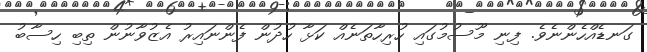
ގަނޑެއްހެންނެވެ. ފިނި މޫސުމުގައި ހުރިހާތަނެއް ކަޅާ ހުދުން ފެންނައިރު އެޒުވާނުން ތިބި ހިސާބު